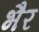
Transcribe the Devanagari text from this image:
भैर